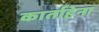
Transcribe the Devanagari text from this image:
कार्ताहेना